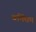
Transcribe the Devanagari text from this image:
बमिंघम